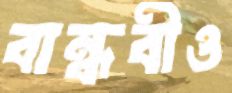
বান্ধবীও